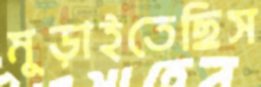
মুড়াইতেছিস